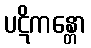
ပဋိကန္တော